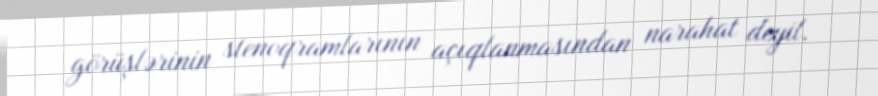
görüşlərinin stenoqramlarının açıqlanmasından narahat deyil.